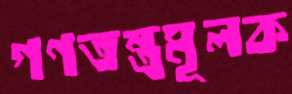
গণতন্ত্রমূলক